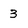
Character: 3